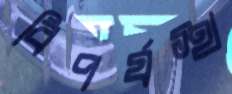
বিপর্যস্থ